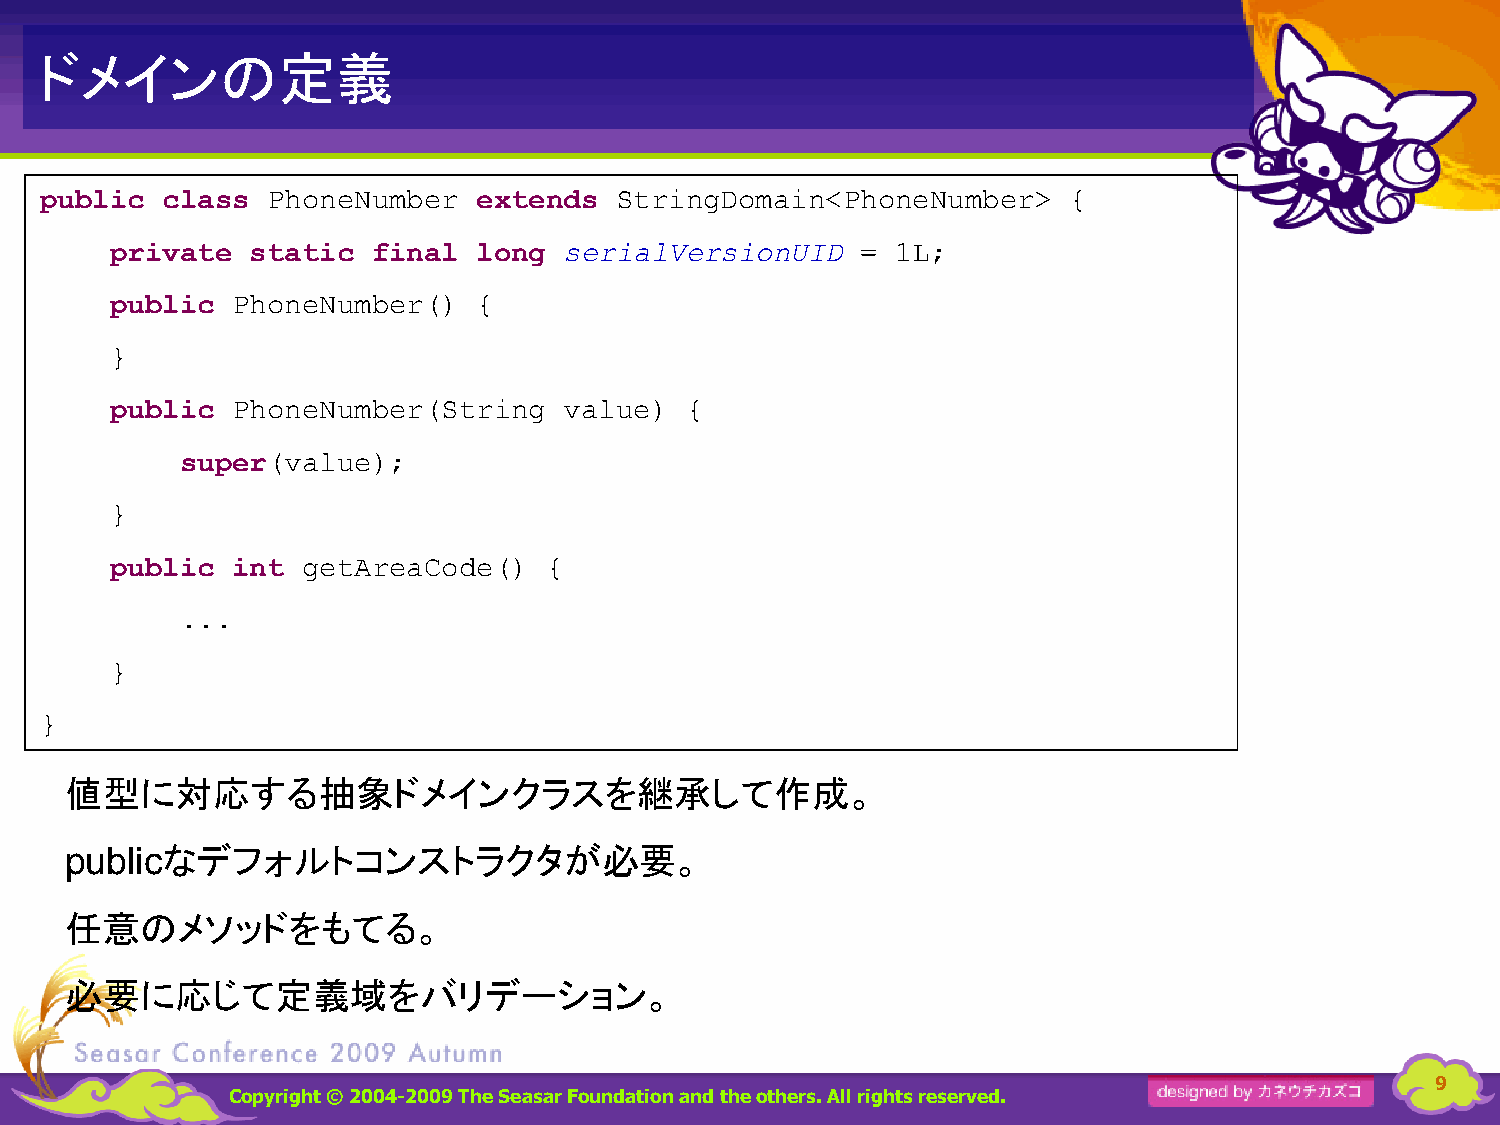
ドメインの定義
 public  class  PhoneNumber   extends  StringDomain<PhoneNumber>     {
 serialVersionUID
 private   static  final  long                     = 1L;
 public  PhoneNumber()    {
 }
 public  PhoneNumber(String    value)  {
 super(value);
 }
 public  int  getAreaCode()   {
 ...
 }
 }
 値型に対応する抽象ドメインクラスを継承して作成。
 なデフォルトコンストラクタが必要。
 public
 任意のメソッドをもてる。
 必要に応じて定義域をバリデーション。
 9
 Copyright © 2004-2009 The Seasar Foundationand the others. All rights reserved.